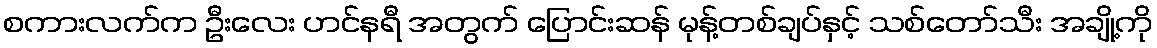
စကားလက်က ဦးလေး ဟင်နရီ အတွက် ပြောင်းဆန် မုန့်တစ်ချပ်နှင့် သစ်တော်သီး အချို့ကို